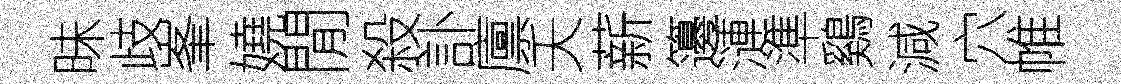
昧歧峯嬈閒殺訃廪夭薪籩漣準鷄減穴帷